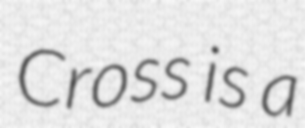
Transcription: Cross is a